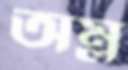
অম্ল